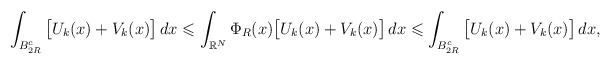
\begin{align*} &\int_{B^{c}_{2R}}\big[ U_k(x)+V_k(x)\big]\,dx\leqslant \int_{\mathbb{R}^{N}}\Phi_{R}(x)\big[ U_k(x)+V_k(x)\big]\,dx \leqslant \int_{B^{c}_{2R}}\big[ U_k(x)+V_k(x)\big]\,dx, \end{align*}